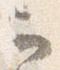
云